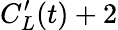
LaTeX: C_{L}^{\prime}(t)+2